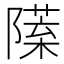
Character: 𨼙